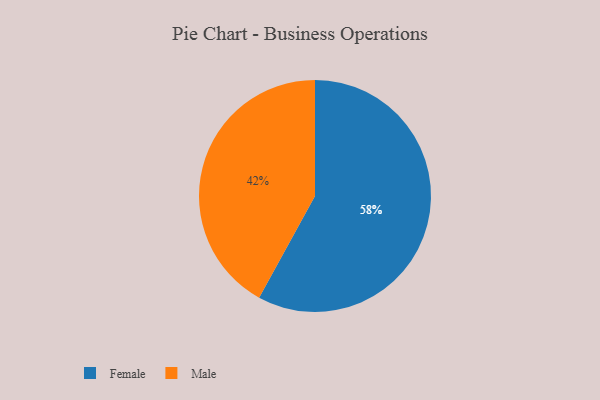
{"axis": {"x": "Category", "y": "Percentage"}, "legend": ["Female", "Male"], "data": [{"x": "Female", "y": 58, "type": "Female"}, {"x": "Male", "y": 42, "type": "Male"}]}